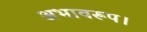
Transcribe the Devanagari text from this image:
अभावरूप।